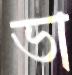
ভা